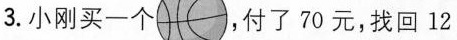
3.小刚买一个 ，付了70元，找回12